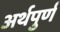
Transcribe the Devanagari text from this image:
अर्थपुर्ण